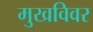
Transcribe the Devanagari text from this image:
मुखविवर